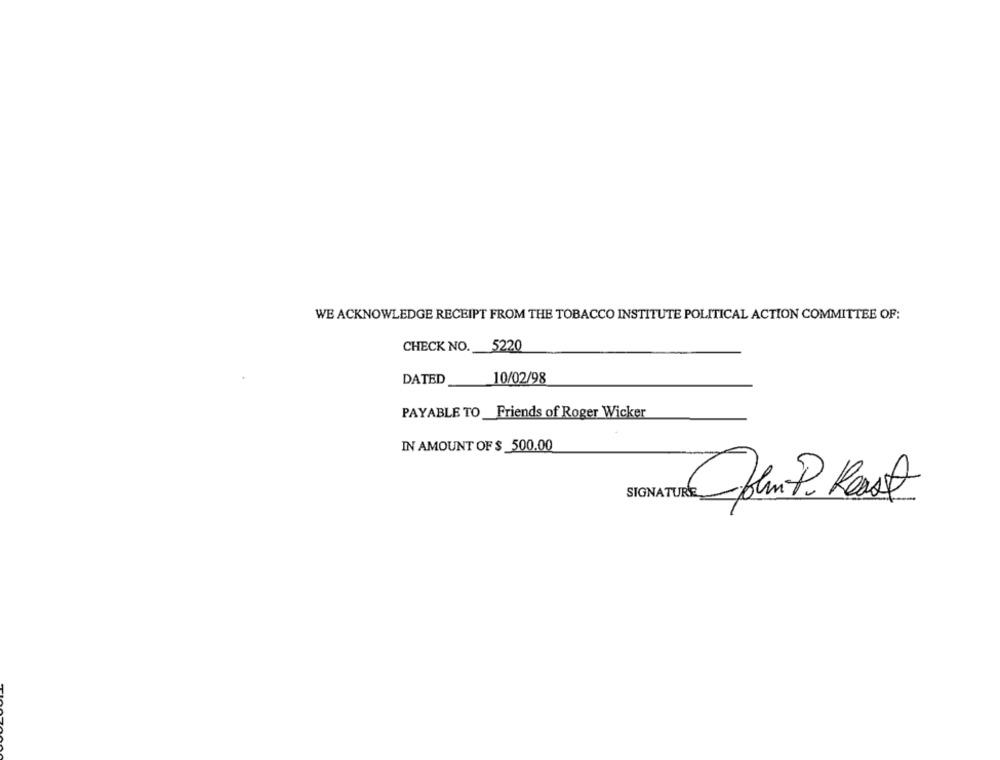
WE ACKNOWLEDGE RECEIPT FROM THE TOBACCO INSTITUTE POLITICAL ACTION COMMITTEE OF:
CHECK NO. 5220
DATED
10/02/98
PAYABLE TO _Friends of Roger Wicker
IN AMOUNT OF $ 500.00
SIGNATURE
plm. P. Kast